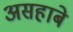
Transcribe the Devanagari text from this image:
असहाबे